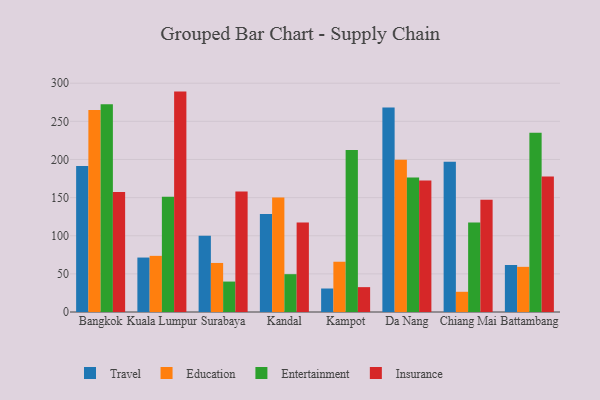
{"axis": {"x": "City", "y": "Latency (ms)"}, "legend": ["Education", "Entertainment", "Insurance", "Travel"], "data": [{"x": "Bangkok", "y": 191.6, "type": "Travel"}, {"x": "Bangkok", "y": 264.9, "type": "Education"}, {"x": "Bangkok", "y": 272.3, "type": "Entertainment"}, {"x": "Bangkok", "y": 157.3, "type": "Insurance"}, {"x": "Kuala Lumpur", "y": 71.4, "type": "Travel"}, {"x": "Kuala Lumpur", "y": 73.6, "type": "Education"}, {"x": "Kuala Lumpur", "y": 151.0, "type": "Entertainment"}, {"x": "Kuala Lumpur", "y": 289.0, "type": "Insurance"}, {"x": "Surabaya", "y": 100.1, "type": "Travel"}, {"x": "Surabaya", "y": 64.3, "type": "Education"}, {"x": "Surabaya", "y": 39.9, "type": "Entertainment"}, {"x": "Surabaya", "y": 158.1, "type": "Insurance"}, {"x": "Kandal", "y": 128.5, "type": "Travel"}, {"x": "Kandal", "y": 150.1, "type": "Education"}, {"x": "Kandal", "y": 49.6, "type": "Entertainment"}, {"x": "Kandal", "y": 117.4, "type": "Insurance"}, {"x": "Kampot", "y": 30.8, "type": "Travel"}, {"x": "Kampot", "y": 65.9, "type": "Education"}, {"x": "Kampot", "y": 212.4, "type": "Entertainment"}, {"x": "Kampot", "y": 32.6, "type": "Insurance"}, {"x": "Da Nang", "y": 268.3, "type": "Travel"}, {"x": "Da Nang", "y": 199.8, "type": "Education"}, {"x": "Da Nang", "y": 176.2, "type": "Entertainment"}, {"x": "Da Nang", "y": 172.4, "type": "Insurance"}, {"x": "Chiang Mai", "y": 196.9, "type": "Travel"}, {"x": "Chiang Mai", "y": 26.5, "type": "Education"}, {"x": "Chiang Mai", "y": 117.5, "type": "Entertainment"}, {"x": "Chiang Mai", "y": 147.3, "type": "Insurance"}, {"x": "Battambang", "y": 61.6, "type": "Travel"}, {"x": "Battambang", "y": 59.2, "type": "Education"}, {"x": "Battambang", "y": 235.1, "type": "Entertainment"}, {"x": "Battambang", "y": 177.7, "type": "Insurance"}]}